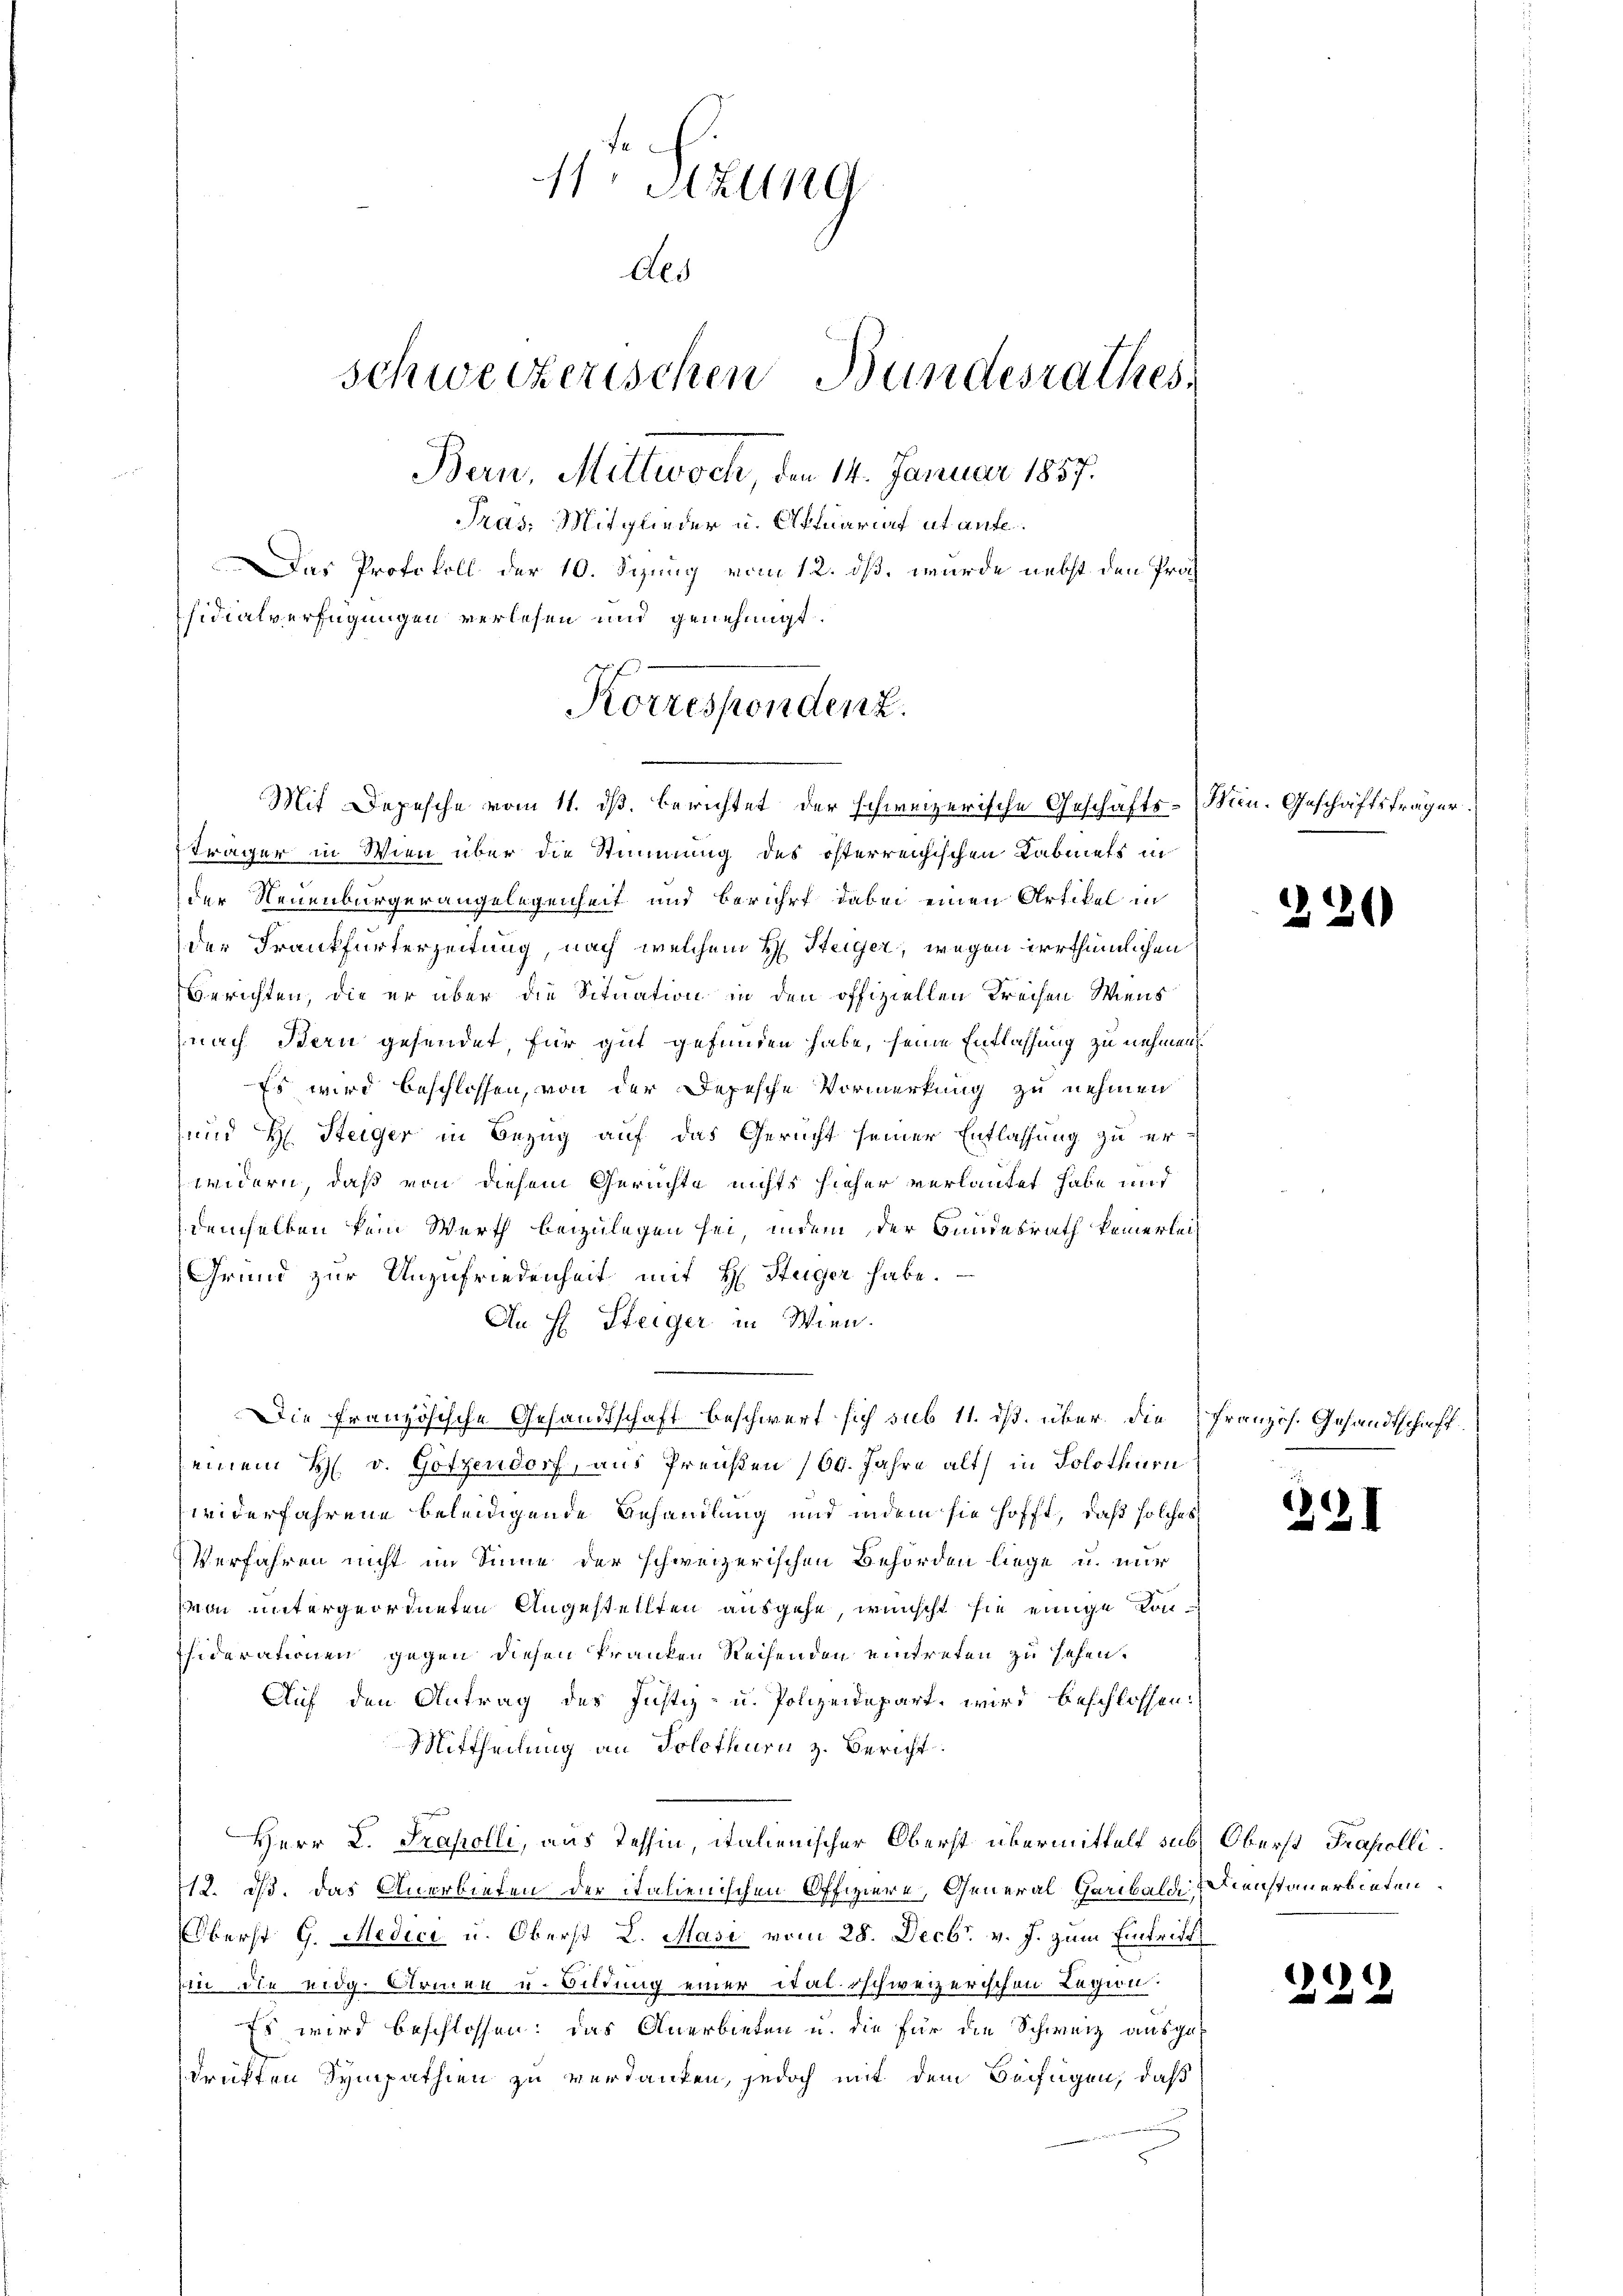
11. Sizung
Als
schweizerischen Bundesrathes,
Bern. Mittwoch, den 14. Januar 1857.
Tras, Mitglieder u. Aktuariat et ant
as Protokoll der 10. Sizung vom 12. dß, wurde nebst den Prosidialverfügungen verlesen und genehmigt.
Korrespondenz.

Mit Depesche vom 11. dß. berichtet der schweizerische Geschäfts-Wien. Geschäftsträger.
träger in Wien über die Stimmung des österreichischen Kabinets in
der Neuenburgerangelegenheit und berührt dabei einen Artikel in
der Frankfurterzeitung, nach welchem H. Steiger, wegen irrthümlichen
Berichten, die er über die Situation in den offiziellen Freihen Wiens
nach Bern gesendet, für gut gefunden habe, seine Entlassung zu nehmen
Es wird beschlossen, von der Depesche Vormerkung zu nehmen
und H. Steiger in Bezug auf das Gericht seiner Entlassung zu erwidern, daß von diesem Gerichte nichts hieher verlautet habe und
demselben kein Werth beizulegen sei, indem der Bundesrath keinerlei¬
Grund zur Unzufriedenheit mit H. Stüger habe.
An H. Steiger in Wien.
einem H. v. Gotzendorf, aus Preußen 160. Jahre alt in Solothurn
widerfahrene beleidigende Behandlung und indem sie hofft, daß solches
Verfahren nicht im Sinne der schweizerischen Behörden liege u. mir
von untergeordneten Angestellten ausgehe, wünscht sie einige Konhiderationen gegen diesen Franken Reihenden eintreten zu sehen.
Auf den Antrag des Justiz- u. Polizeidepart wird beschlossen:
Mittheilung an Solothurn z. Bericht.
Herr D. Prakolli, aus Tessin, italienischer Oberst übermittelt sub Oberst Trafolli¬
12. ds. das Anerbieten der italienischen Offiziere, General Garibald, Dienstanerbieten.
Oberst G. Medici u. Oberst L. Masi vom 28. Decbr. v. J. zum Eintritt
sin die eidg. Armen u. Bildung einer italsschweizerischen Legion.
Es wird beschlossen: das Anerbieten u. die für die Schweiz ausgedrükten Sympathien zu verdanken, jedoch mit dem Beifügen, daß

Die Französische Gesandtschaft beschwert sich sub 11. ds. über die Französ. Gesandtschaft

.

2

)
22

2.

¬

.